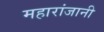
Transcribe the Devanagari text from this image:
महारांजानी